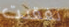
تفقدت